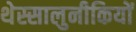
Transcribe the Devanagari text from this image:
थेस्सालुनीकियों